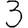
Digit: 3